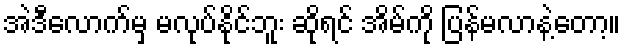
အဲဒီလောက်မှ မလုပ်နိုင်ဘူး ဆိုရင် အိမ်ကို ပြန်မလာနဲ့တော့။